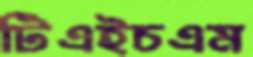
টিএইচএম